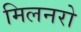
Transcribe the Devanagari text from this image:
मिलनरो